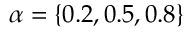
\alpha = \{ 0 . 2 , 0 . 5 , 0 . 8 \}